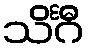
သိင်္ဂီ